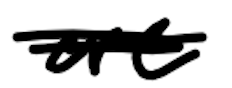
Text: are
Cross-out: scratch
Writing tool: digital_black